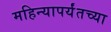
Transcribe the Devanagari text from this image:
महिन्यापर्यंतच्या